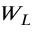
W _ { L }